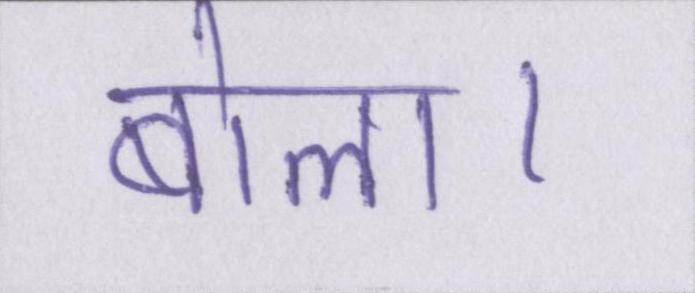
बोला।